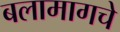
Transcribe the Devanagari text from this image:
बलामागचे